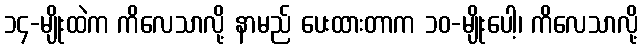
၁၄-မျိုးထဲက ကိလေသာလို့ နာမည် ပေးထားတာက ၁၀-မျိုးပေါ့၊ ကိလေသာလို့